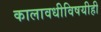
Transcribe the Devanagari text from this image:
कालावधीविषयीही